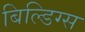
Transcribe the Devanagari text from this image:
बिल्डिग्स